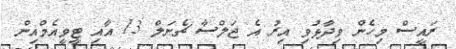
ރައީސް މިހެން ވިދާޅުވި އިރު އެ ޖަލްސާ ޗެނަލް 13 އާއި ޓީވީއެމްއިން